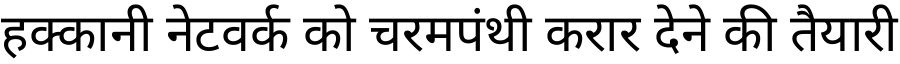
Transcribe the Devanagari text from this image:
हक्कानी नेटवर्क को चरमपंथी करार देने की तैयारी